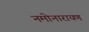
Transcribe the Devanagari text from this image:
नमोनारायण